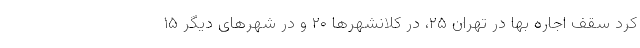
کرد سقف اجاره بها در تهران ۲۵، در کلانشهرها ۲۰ و در شهرهای دیگر ۱۵